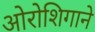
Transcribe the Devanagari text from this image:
ओरोशिगाने